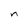
Character: n